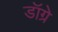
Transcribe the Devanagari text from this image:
डॉग्रे